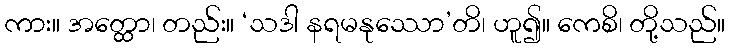
ကား။ အတ္ထော၊ တည်း။ ‘သဒါ နရမနုဿော’တိ၊ ဟူ၍။ ကေစိ၊ တို့သည်။